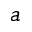
a